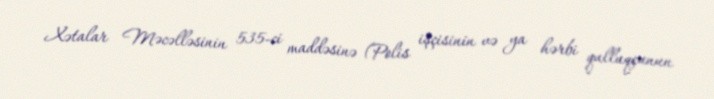
Xətalar Məcəlləsinin 535-ci maddəsinə (Polis işçisinin və ya hərbi qulluqçunun